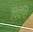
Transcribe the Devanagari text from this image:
विदेशि